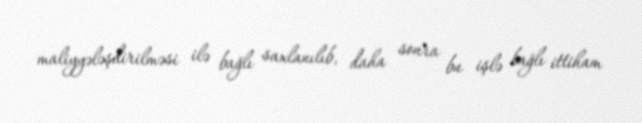
maliyyələşdirilməsi ilə bağlı saxlanılıb, daha sonra bu işlə bağlı ittiham